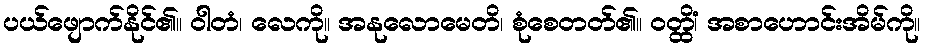
ပယ်ဖျောက်နိုင်၏။ ဝါတံ၊ လေကို။ အနုလောမေတိ၊ စုံစေတတ်၏။ ဝတ္ထိံ၊ အစာဟောင်းအိမ်ကို။